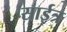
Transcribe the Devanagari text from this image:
साईत्र